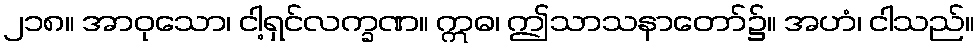
၂၁၈။ အာဝုသော၊ ငါ့ရှင်လက္ခဏ။ ဣဓ၊ ဤသာသနာတော်၌။ အဟံ၊ ငါသည်။